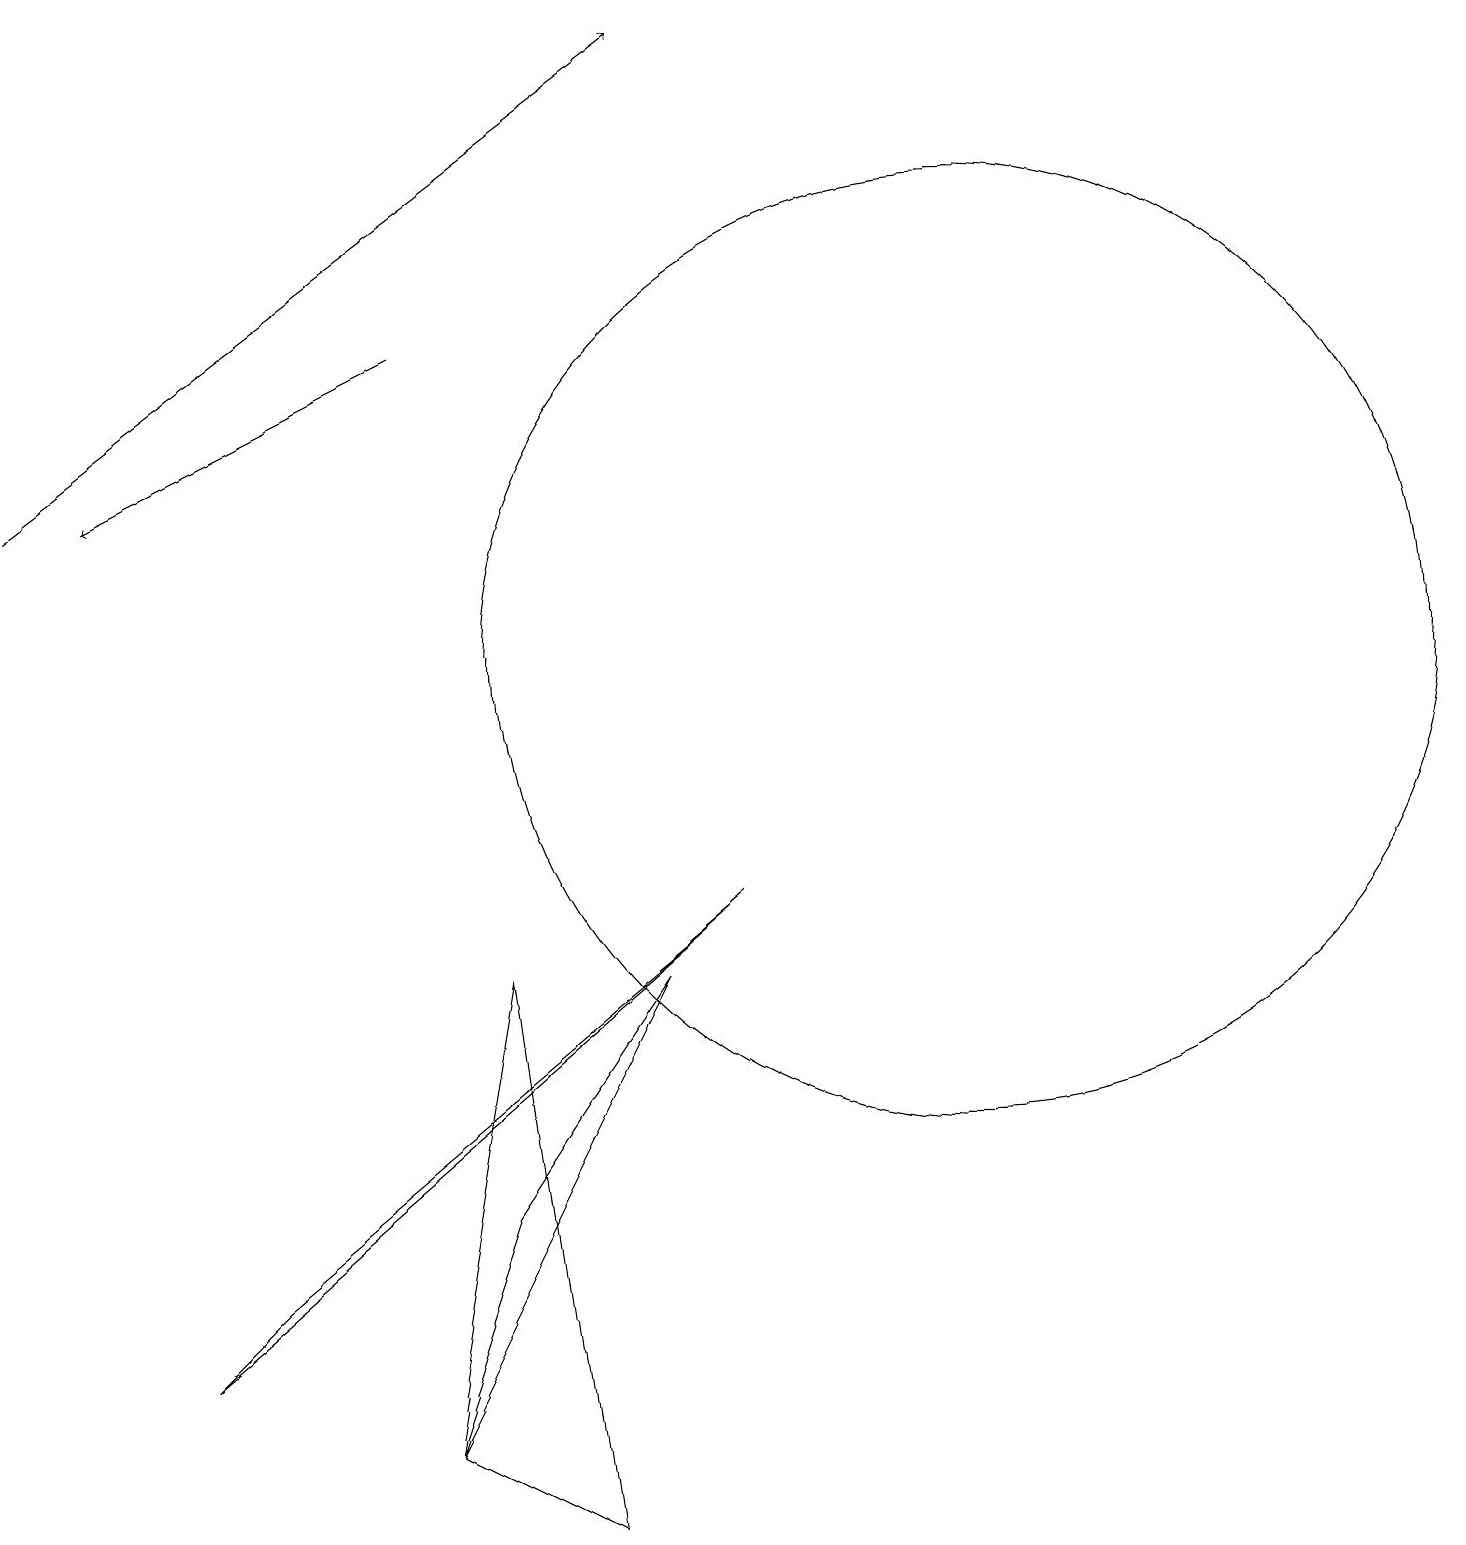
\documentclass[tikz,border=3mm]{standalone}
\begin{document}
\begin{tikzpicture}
\draw[->] (0,13) -- (8,19);
\draw[->] (5,15) -- (1,13);
\draw (3,3) -- (9,8) -- (2,2) -- cycle;
\draw (6,7) -- (5,1) -- (7,0) -- cycle;
\draw (12,11) circle (6);
\draw (5,1) -- (8,7) -- (6,4) -- cycle;
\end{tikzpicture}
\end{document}